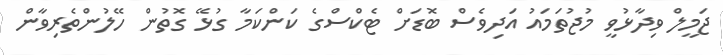
ޖަމީލް ވިދާޅުވީ މުޖުތަމައު އަދިވެސް ބޮޑަށް ޓެކްސްގެ ކަންކަމާ ގުޅޭ ގޮތުން ހޭލުންތެރިވާން